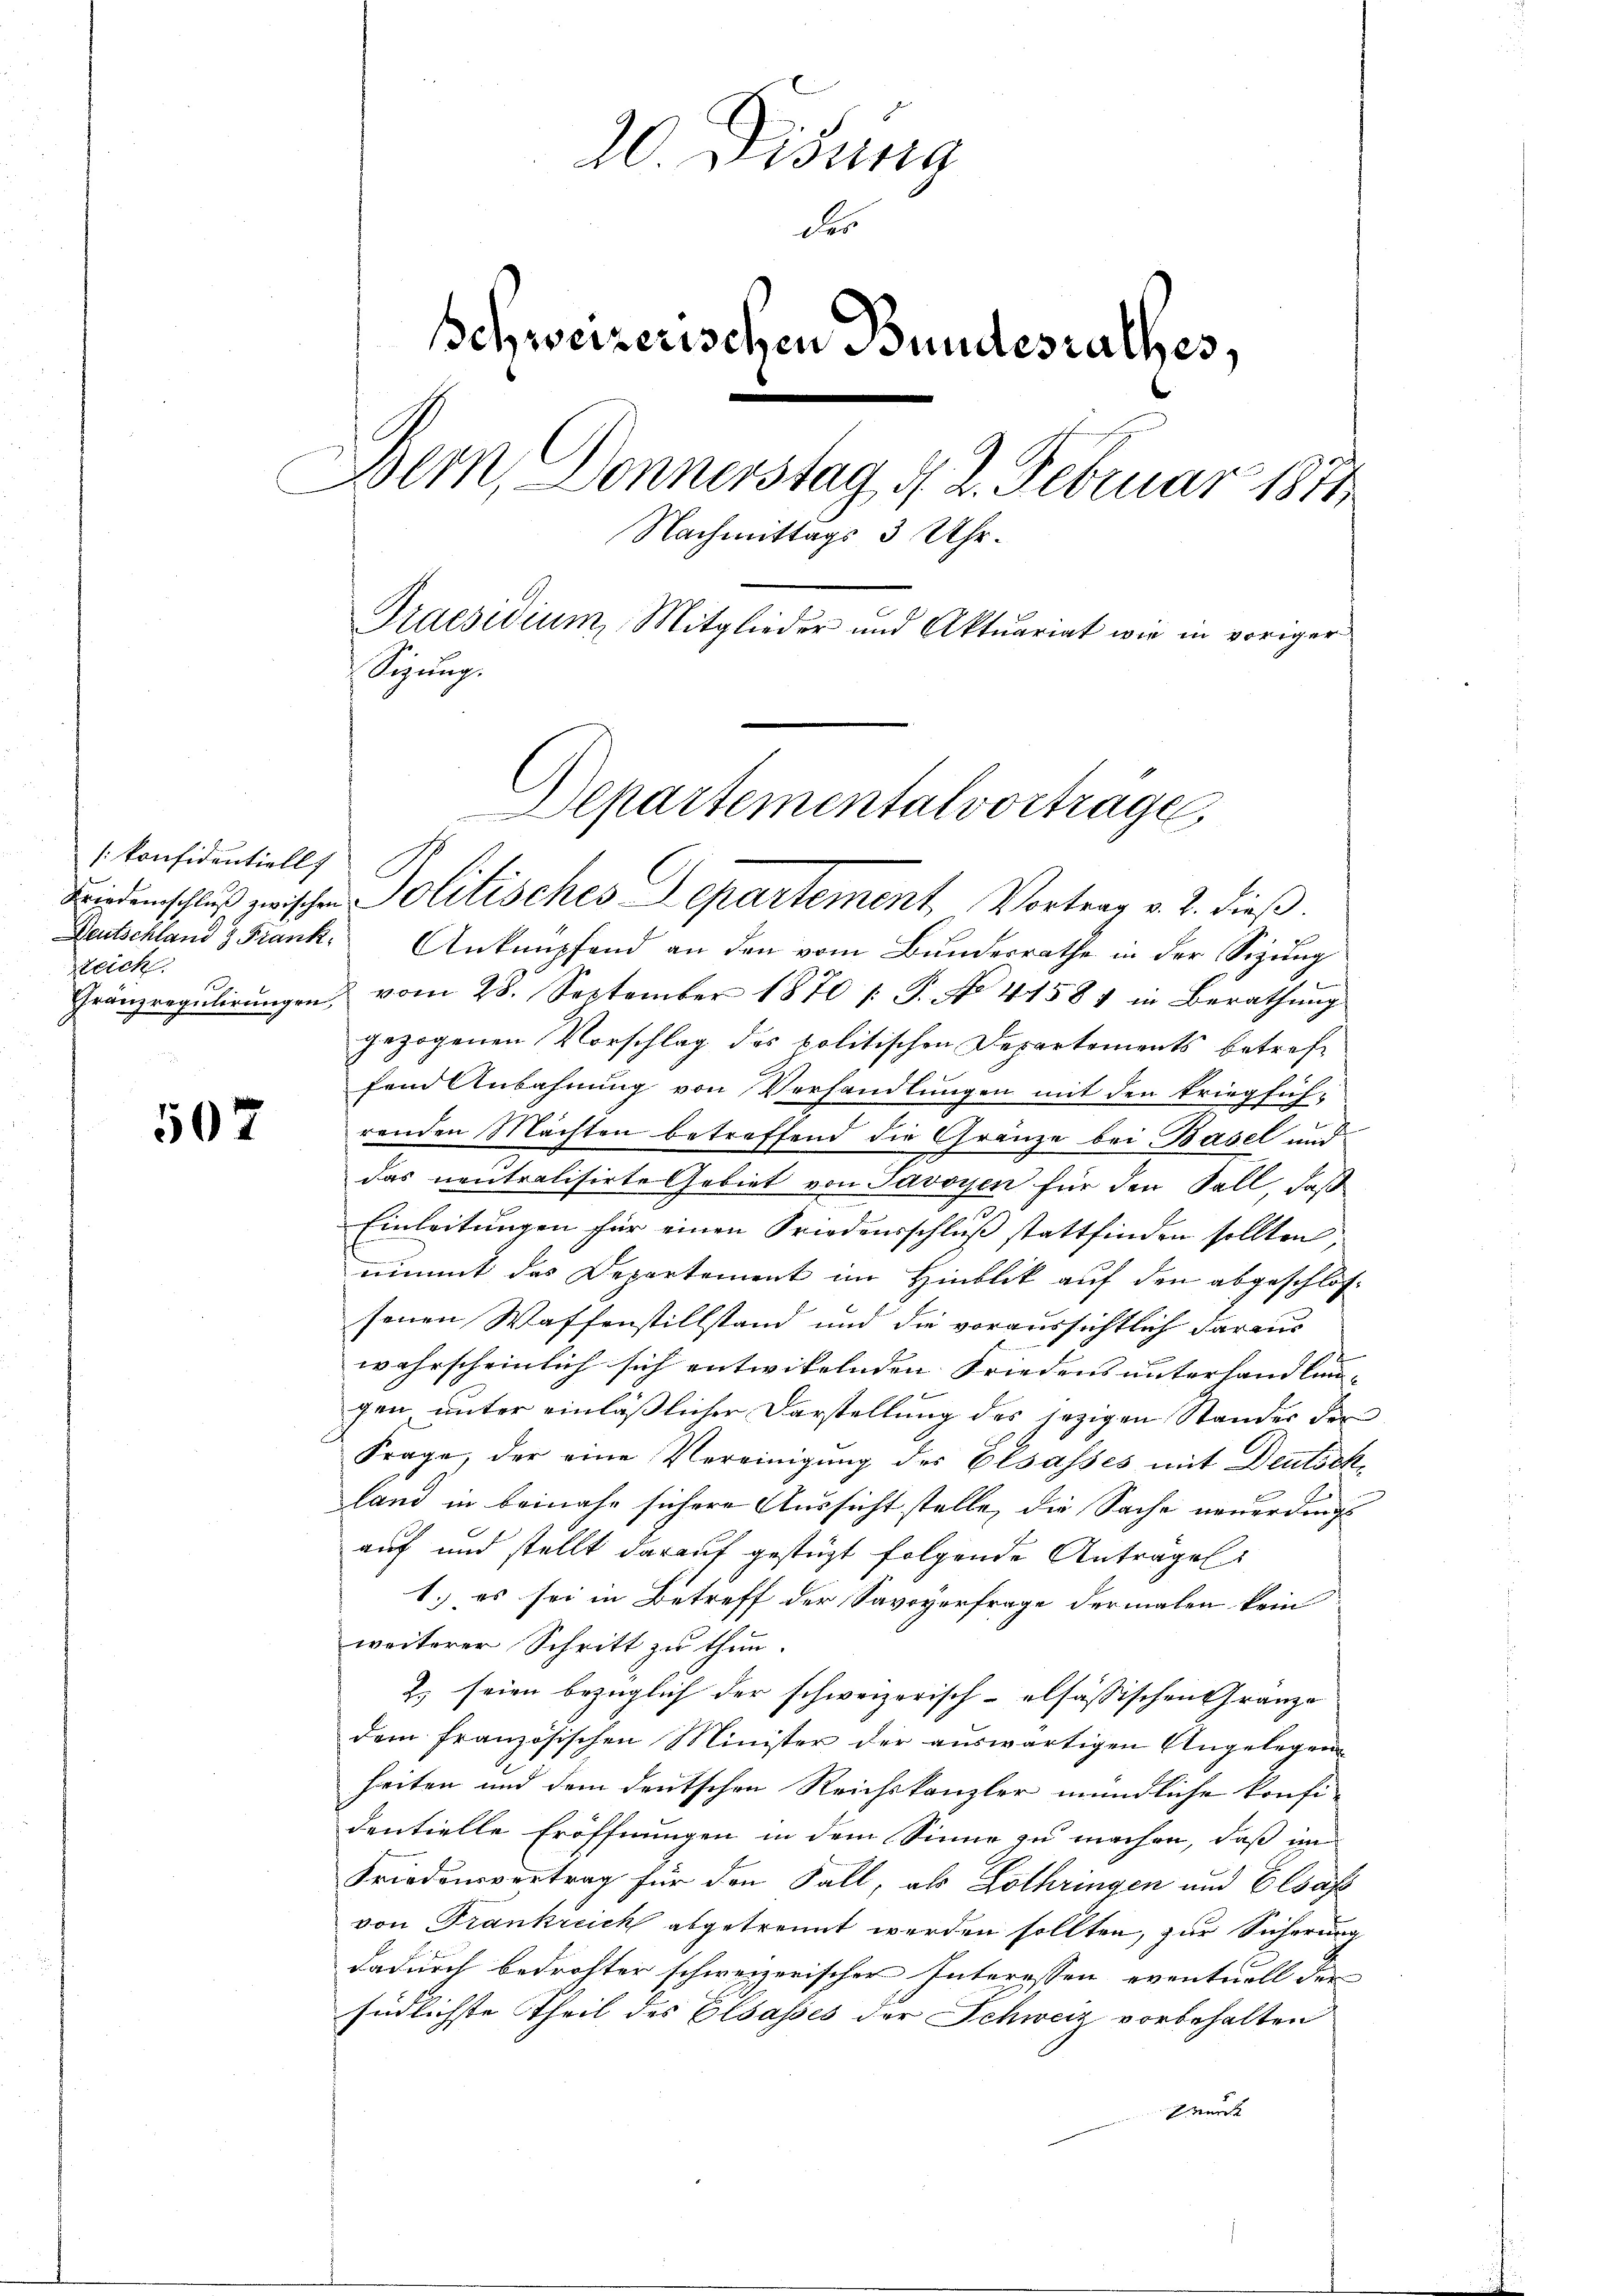
[konfidentiell
teich
Gränzregulirungen,

507

20. Disung
des
Schweizerischen Bundesrathes,
Bern, Donnerstag d. 2. Februar 1871
Nachmittags 3 Uhr.
Praesidium, Mitglieder und Aktuariat wie in voriger
Sizung.
Departementalvortrage

Biedenschluß zwischen Politisches Departement, Vortrag v. 2. dieß.
Deutschland & Frank. Ankempfand an den vom Bundesrathe in der Sizung
vom 28. September 1870 /: P. No 4158) in Berathŭng
gezogenen Vorschlag des politischen Departements betreffend Anbahnung von Verhandlungen mit den kriegfüh-
renden Machten betreffend die Gränze bei Basel und
das neutralisirte Gebiet von Savoyen für den Sall, daß
Einleitungen für einen Friedensschluß stattfinden sollten
nimmt das Departement im Hinblik auf den abgeschlos-
senen Waffenstillstand und die voraussichtlich daraus
wahrscheinlich sich entwikelnden Friedens unterhandlung- |
gen unter einläßlicher Darstellung des jezigen Standes der
Frage, der eine Vereinigung des Elsasses mit Deutsch-
land in beinahe sichere Aussicht stelle, die Sache neuerdings
auf und stellt darauf gestüzt folgende Anträgel
1.) es sei in Betreff der Savoyerfrage dermalen kein
weiterer Schritt zu thun.
2.) seien bezüglich der schweizerisch-elsässischen Gränze
dem französischen Minister der auswärtigen Angelegen
heiten und dem deutschen Reichskanzler mündliche konfi-
dentielle Eröffnungen in dem Sinne zu machen, daß im
Friedensvertrag für den Fall, als Lothringen und Elsaft
von Frankreich abgetrennt werden sollten, zur Sicherung
dadurch bedrohter schweizerischer Interessen eventuell der |
südlichste Theil des Elsasses der Schweiz vorbehalten
wurt